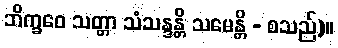
ဘိက္ခဝေ သတ္တာ သံသန္ဒန္တိ သမေန္တိ - စသည်)။